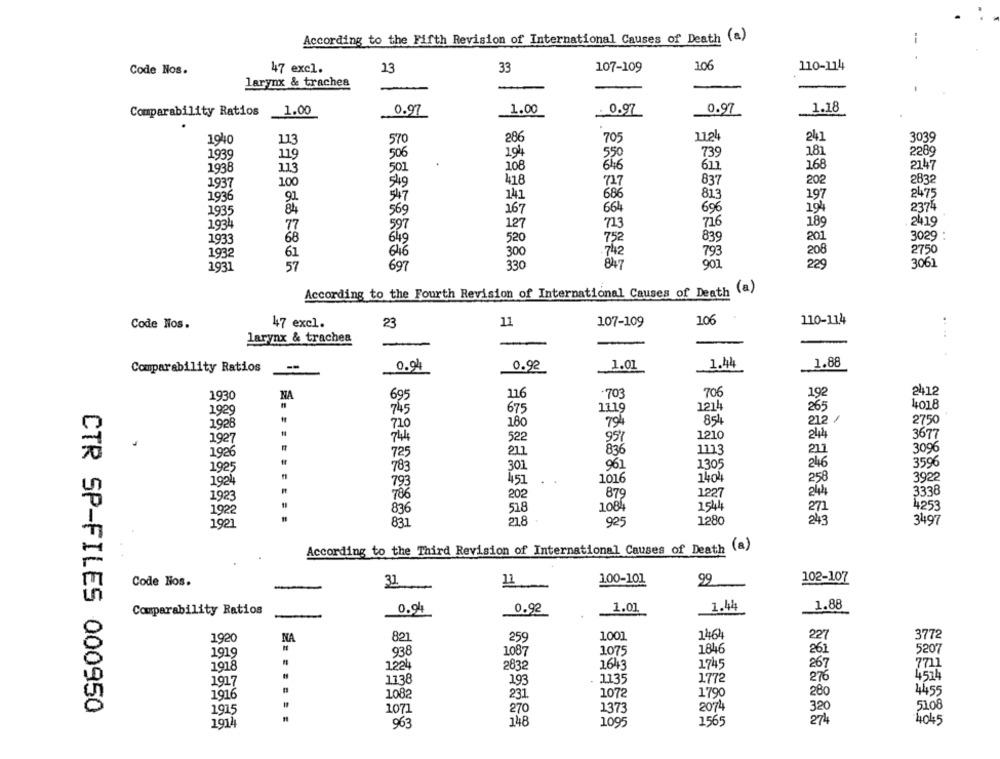
According to the Fifth Revision of International Causes of Death (a)
47 excl.
13
33
107-109
106
110-114
Code Nos.
larynx & trachea
1.18
Comparability Ratios
1.00
0.97
1.00
: 0.97
0.97
1124
241
1940
113
570
286
705
3039
194
181
2289
1939
119
506
550
739
1938
113
64€
611
168
2147
501
108
100
549
418
727
837
202
2832
1937
1936
91
547
141
686
813
197
2475
2374
1935
84
569
167
664
696
194
2419
1934
77
597
127
723
716
189
1933
68
649
520
752
839
201
3029 :
208
2750
1932
61
646
300
742
793
57
330
847
907
229
3061
1937
697
According to the Fourth Revision of International Causes of Death (a)
106
Code Nos.
47 excl.
23
11
107-109
110-114
larynx & trachea
-
1.44
1.88
Comparability Ratios
0.94
0.92
-
1.01
116
.703
706
192
2412
1930
NA
695
745
675
1119
1214
265
4018
1929
212 /
1928
720
180
794
854
2750
1927
744
522
957
1210
244
3677
3096
1926
725
21.1
836
1113
211
961
1305
246
3596
1925
783
301
451
1016
1404
258
3922
1924
793
..
879
1227
244
3338
1923
706
202
518
1084
1544
271
4253
1922
836
831
218
925
1280
243
3497
1921
According to the Third Revision of International Causes of Death (a)
Code Nos.
31.
11
1.00-101
99
102-107
1.44
1.88
Comparability Ratios
0.94
0.92
1.01
1920
NA
821
259
1001
1464
227
3772
938
1087
1075
1846
261
5207
1919
1918
1224
2832
1643
1745
267
7711
4514
1927
1138
193
1135
1772
276
4455
1916
1082
231
1072
1790
280
2074
5108
CTR SP-FILES 000950
1915
1071
270
1373
320
148
1565
274
4045
1911
963
1095